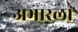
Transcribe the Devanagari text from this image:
अभारला